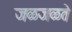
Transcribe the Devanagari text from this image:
जळजळते